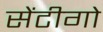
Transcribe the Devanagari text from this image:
सेंटीगो